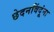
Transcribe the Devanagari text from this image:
छेदनबिंदूंना